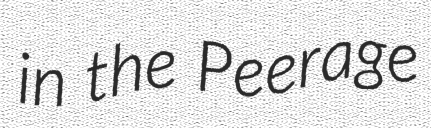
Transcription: in the Peerage